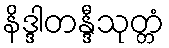
နိဒ္ဒါတန္ဒီသုတ္တံ